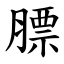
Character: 膘